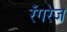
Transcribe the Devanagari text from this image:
रँगरेज